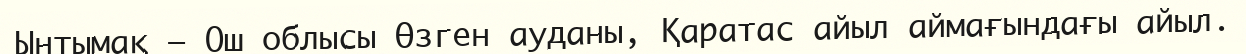
Ынтымақ — Ош облысы Өзген ауданы, Қаратас айыл аймағындағы айыл.